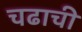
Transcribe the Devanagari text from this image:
चढाची